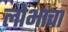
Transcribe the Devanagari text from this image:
लोभाचा